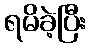
ရမိခဲ့ပြီး